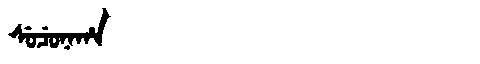
Manchu: ᠰᡠᠴᡠᠨᠠᡥᠠ
Romanization: SUCUNAHA